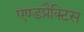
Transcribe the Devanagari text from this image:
एण्डप्रैक्टिस